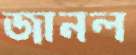
জানল